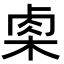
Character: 𭪢